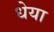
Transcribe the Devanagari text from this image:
धेया